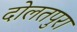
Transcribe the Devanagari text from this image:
दोलतपुरा